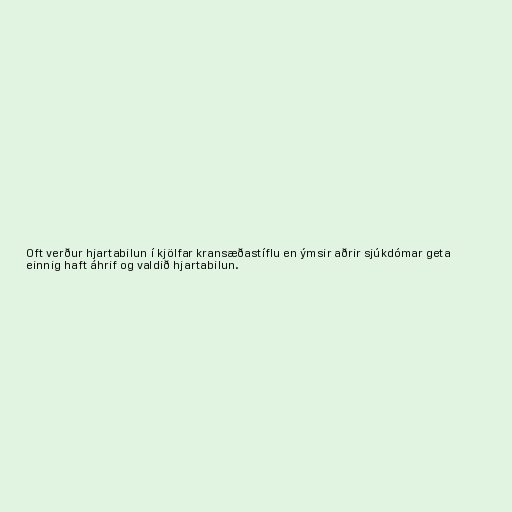
Oft verður hjartabilun í kjölfar kransæðastíflu en ýmsir aðrir sjúkdómar geta
einnig haft áhrif og valdið hjartabilun.